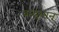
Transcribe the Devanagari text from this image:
चन्द्र्भान